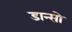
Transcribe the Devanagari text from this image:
डान्सो